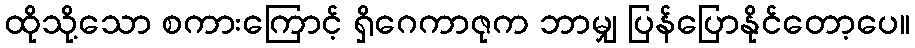
ထိုသို့သော စကားကြောင့် ရှိဂေကာဇုက ဘာမျှ ပြန်ပြောနိုင်တော့ပေ။